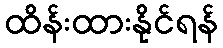
ထိန်းထားနိုင်ရန်